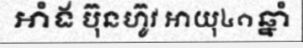
អាំង ប៊ុនហ៊ូវ អាយុ៤១ឆ្នាំ